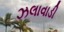
ઝલાવાડી